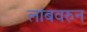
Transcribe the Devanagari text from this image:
लांबवरुन